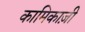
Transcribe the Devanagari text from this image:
कामिकाज़ी